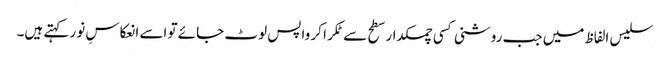
سلیس الفاظ میں جب روشنی کسی چمکدار سطح سے ٹکرا کر واپس لوٹ جائے تو اسے انعکاسِ نور کہتے ہیں۔